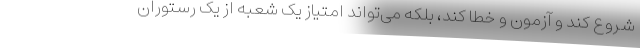
شروع کند و آزمون و خطا کند، بلکه می‌تواند امتیاز یک شعبه از یک رستوران